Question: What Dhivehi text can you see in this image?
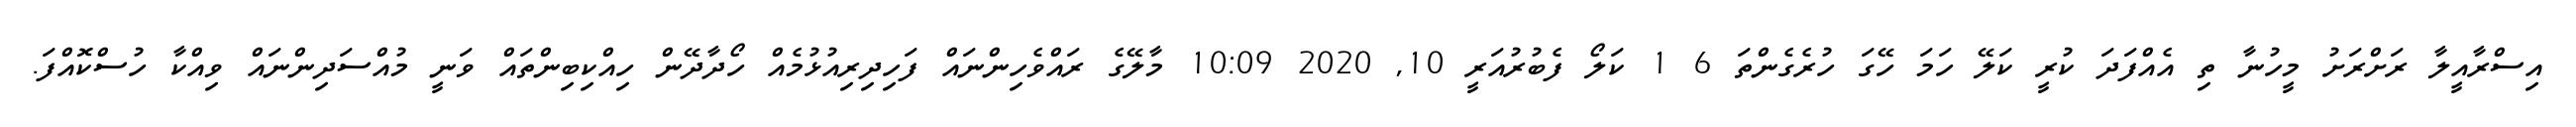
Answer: އިސްރާއީލާ ރަށްރަށު މީހުނާ ތި އެއްފަދަ ކުރީ ކަލޭ ހަމަ ހޭގަ ހުރެގެންތަ 6 1 ކަލޯ ފެބުރުއަރީ 10, 2020 10:09 މާލޭގެ ރައްވެހިންނައް ފަހިދިރިއުޅުމެއް ހޯދާދޭން ހިއްކިބިންތައް ވަނީ މުއްސަދިންނައް ވިއްކާ ހުސްކޮއްފަ.